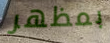
بمظهر